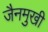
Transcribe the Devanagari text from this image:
जैनमुखी